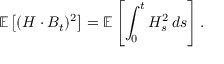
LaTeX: \mathbb { E } \left[ ( H \cdot B _ { t } ) ^ { 2 } \right] = \mathbb { E } \left[ \int _ { 0 } ^ { t } H _ { s } ^ { 2 } \, d s \right] .